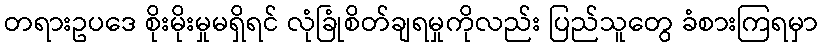
တရားဥပဒေ စိုးမိုးမှုမရှိရင် လုံခြုံစိတ်ချရမှုကိုလည်း ပြည်သူတွေ ခံစားကြရမှာ